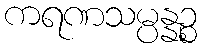
ကရဏသမ္ပန္နဉ္စ